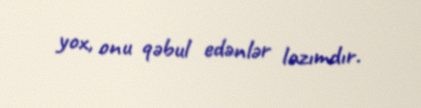
yox, onu qəbul edənlər lazımdır.